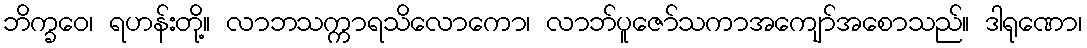
ဘိက္ခဝေ၊ ရဟန်းတို့။ လာဘသက္ကာရသိလောကော၊ လာဘ်ပူဇော်သကာအကျော်အစောသည်။ ဒါရုဏော၊